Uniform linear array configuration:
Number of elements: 12
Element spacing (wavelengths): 0.75
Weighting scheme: uniform
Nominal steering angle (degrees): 30
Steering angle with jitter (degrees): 31.758
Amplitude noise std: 0.05
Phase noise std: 0.05

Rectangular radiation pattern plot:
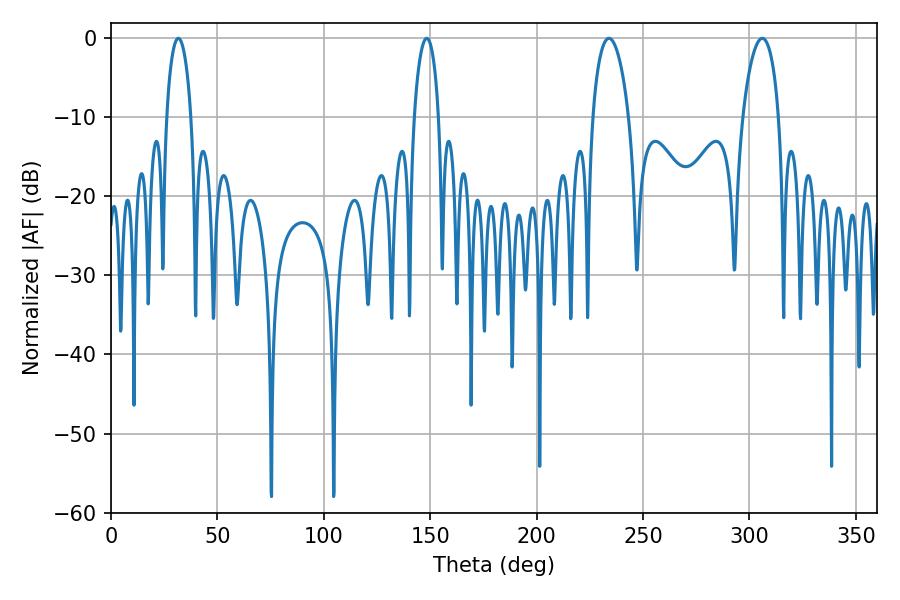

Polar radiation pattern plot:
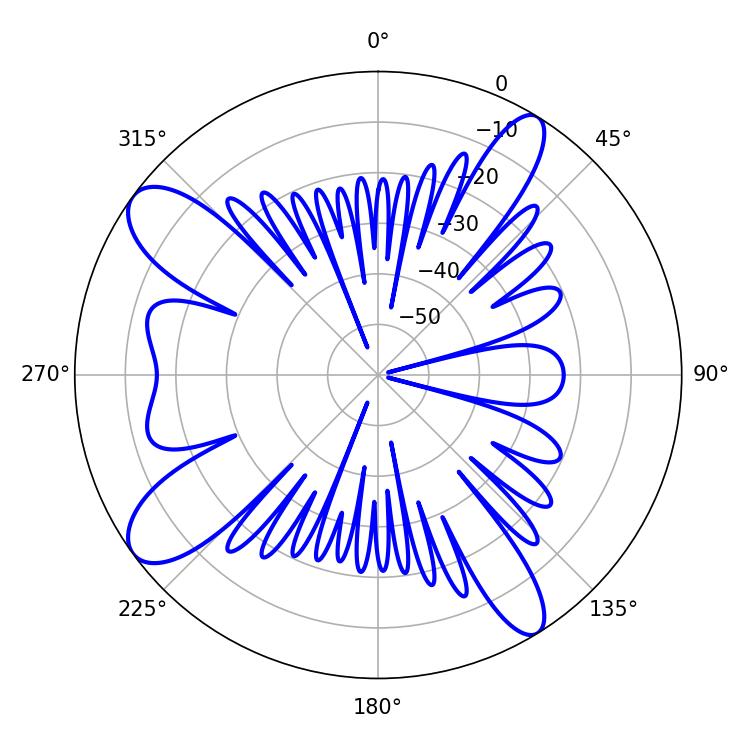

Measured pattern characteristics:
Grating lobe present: TRUE
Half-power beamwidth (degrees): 9.54
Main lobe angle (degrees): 234